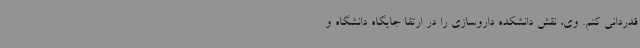
قدردانی کنم. وی، نقش دانشکده داروسازی را در ارتقا جایگاه دانشگاه و